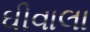
ઘીવાલા